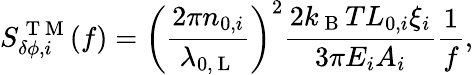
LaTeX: S_{\delta\phi,i}^{\mathrm{~T~M~}}(f)=\left(\frac{2\pi n_{0,i}}{{\lambda_{0,\mathrm{~L~}}}}\right)^{2}\frac{2k_{\mathrm{~B~}}TL_{0,i}\xi_{i}}{3\pi E_{i}A_{i}}\frac{1}{f},